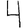
Digit: 4